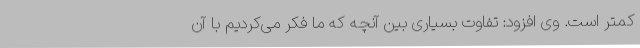
کمتر است. وی افزود: تفاوت بسیاری بین آنچه که ما فکر می‌کردیم با آن